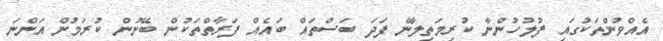
އެއްވުންތަކުގައި ފުލުހުންނާ ކުރިމަތިލާނެ ފަދަ ބަސްތައް ބައެއް ފަރާތްތަކުން ބޭނުން ކުރަމުން އަންނަ